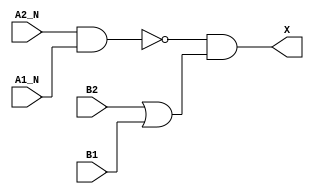
module sky130_fd_sc_lp__o2bb2a (
    X   ,
    A1_N,
    A2_N,
    B1  ,
    B2
);

    // Module ports
    output X   ;
    input  A1_N;
    input  A2_N;
    input  B1  ;
    input  B2  ;

    // Module supplies
    supply1 VPWR;
    supply0 VGND;
    supply1 VPB ;
    supply0 VNB ;

    // Local signals
    wire nand0_out ;
    wire or0_out   ;
    wire and0_out_X;

    //   Name   Output      Other arguments
    nand nand0 (nand0_out , A2_N, A1_N        );
    or   or0   (or0_out   , B2, B1            );
    and  and0  (and0_out_X, nand0_out, or0_out);
    buf  buf0  (X         , and0_out_X        );

endmodule